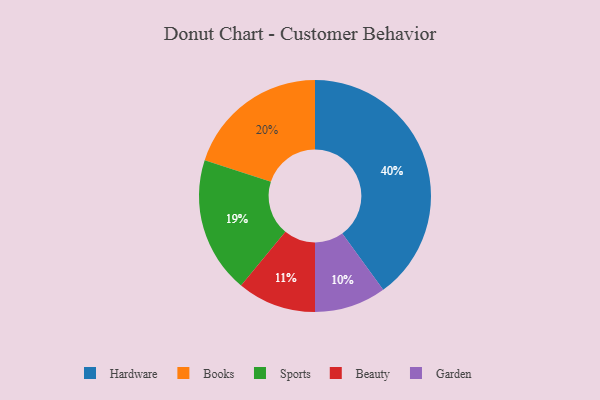
{"axis": {"x": "Category", "y": "Percentage"}, "legend": ["Beauty", "Books", "Garden", "Hardware", "Sports"], "data": [{"x": "Beauty", "y": 11, "type": "Beauty"}, {"x": "Sports", "y": 19, "type": "Sports"}, {"x": "Garden", "y": 10, "type": "Garden"}, {"x": "Books", "y": 20, "type": "Books"}, {"x": "Hardware", "y": 40, "type": "Hardware"}]}